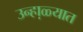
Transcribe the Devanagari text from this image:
उन्हा़ळ्यात